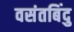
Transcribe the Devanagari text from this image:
वसंतबिंदु